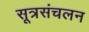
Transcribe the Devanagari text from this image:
सूत्रसंचलन